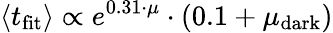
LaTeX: \langle t_{\mathrm{fit}}\rangle\propto e^{0.31\cdot\mu}\cdot(0.1+\mu_{\mathrm{dark}})